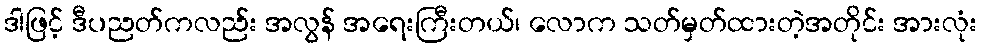
ဒါဖြင့် ဒီပညတ်ကလည်း အလွန် အရေးကြီးတယ်၊ လောက သတ်မှတ်ထားတဲ့အတိုင်း အားလုံး